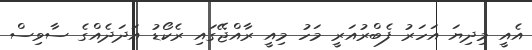
އެއީ މިދިޔަ އަހަރު ފެބްރުއަރީ މަހު މިއީ ރާއްޖޭގައި ރެކޯޑު އަދަދެއްގެ ސާވިސް